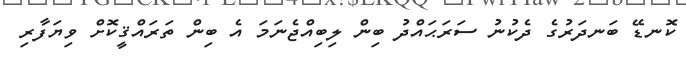
ކޮނޑޭ ބަނދަރުގެ ދެކުނު ސަރަޙައްދު ބިން ލިބިއްޖެނަމަ އެ ބިން ތަރައްޤީކޮށް ވިޔަފާރި